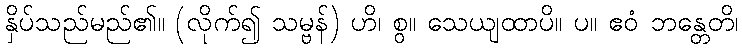
နှိပ်သည်မည်၏။ (လိုက်၍ သမ္ဗန်) ဟိ၊ စွ။ သေယျထာပိ။ ပ။ ဧဝံ ဘန္တေတိ၊